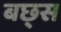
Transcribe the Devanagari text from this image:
बछ्स